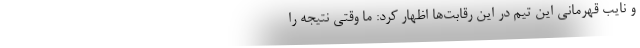
و نایب قهرمانی این تیم در این رقابت‌ها اظهار کرد: ما وقتی نتیجه را